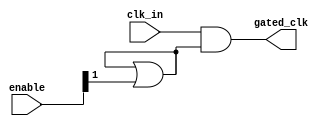
module clock_gating (
    input wire clk_in,          // Main clock input
    input wire [N-1:0] enable,  // Enable signals (N enables)
    output wire gated_clk       // Gated clock output to memory block
);

// Parameter to define the number of enable signals
parameter N = 2; // You can adjust this based on your requirements

// OR gate to combine the enable signals
wire or_enable;

// Constructing the OR gate using a generate statement to handle multiple enables
generate
    genvar i;
    for (i = 0; i < N; i = i + 1) begin : enable_or
        if (i == 0) begin
            assign or_enable = enable[i]; // Initialize or_enable with the first enable signal
        end else begin
            assign or_enable = or_enable | enable[i]; // Combine subsequent enable signals with OR
        end
    end
endgenerate

// Gated clock output using OR gate with main clock and combined enable
assign gated_clk = clk_in & or_enable;

endmodule